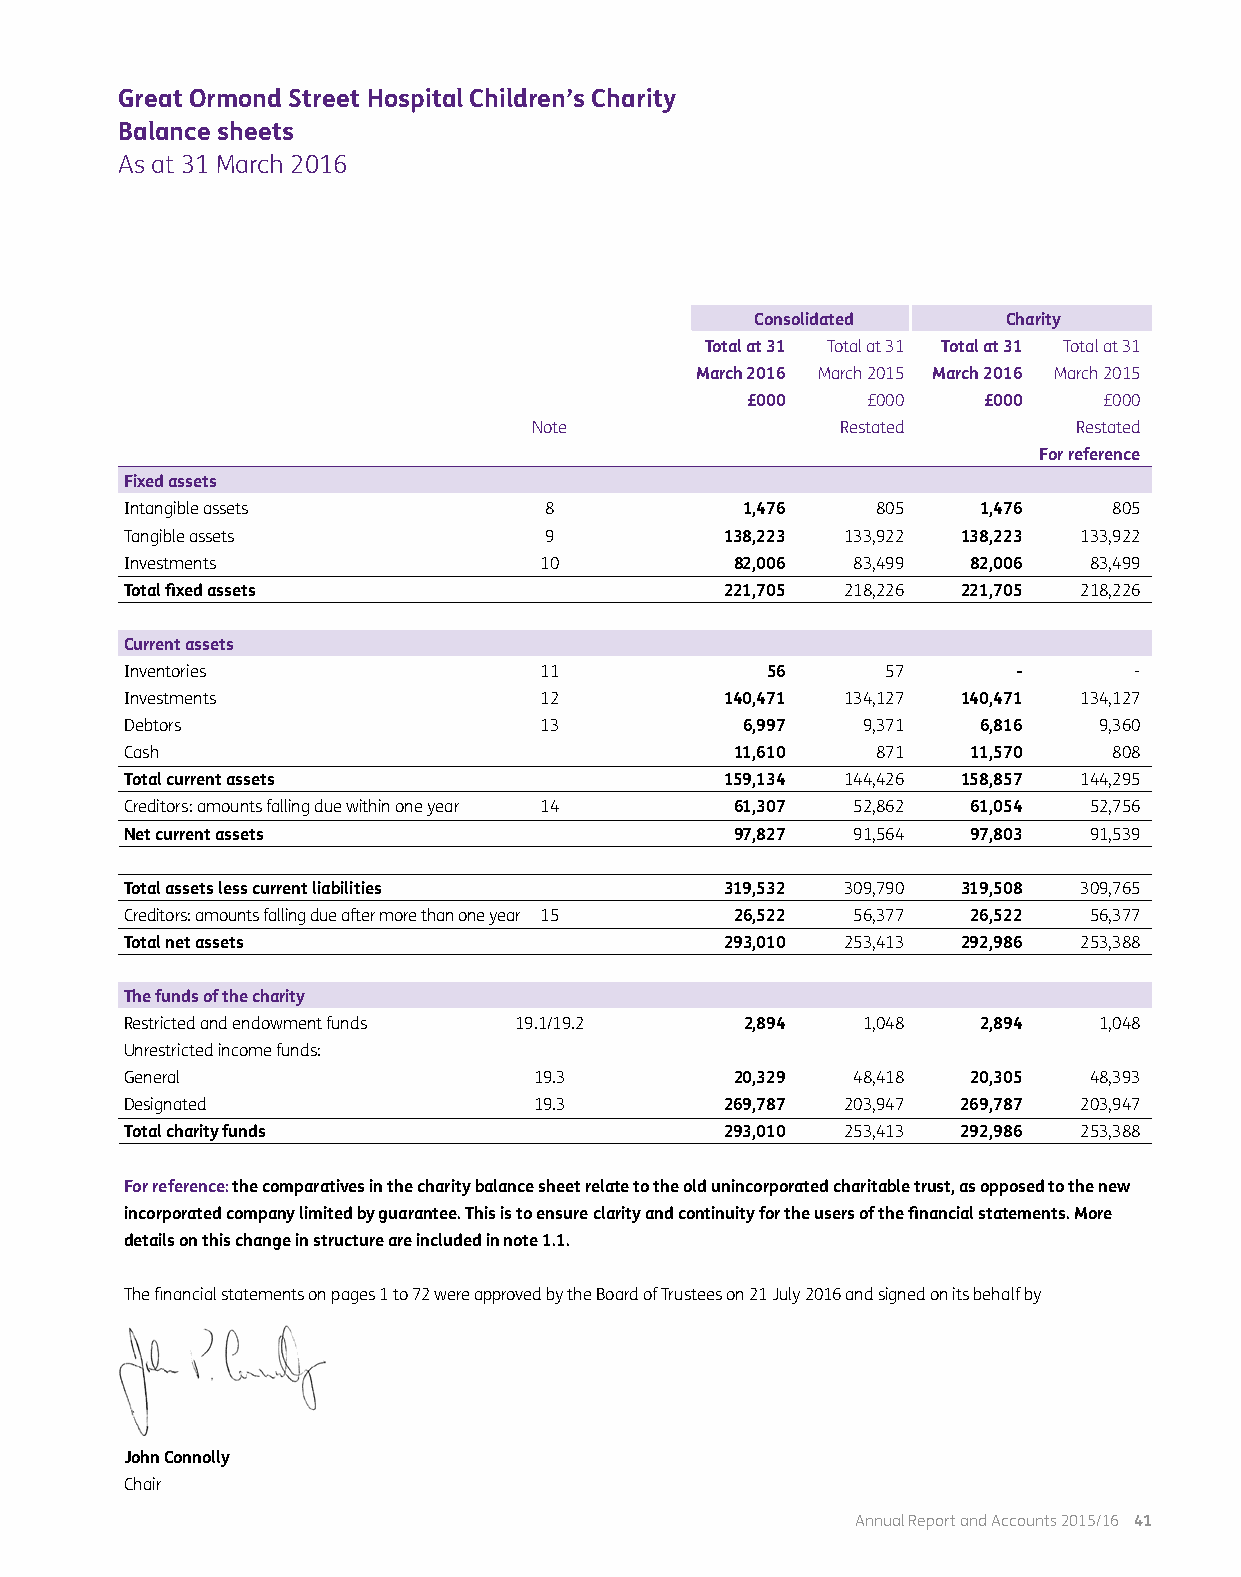
Great Ormond Street Hospital Children’s Charity
 Balance sheets
 As at 31 March 2016
 Consolidated     Charity
 Total at 31 Total at 31 Total at 31 Total at 31
 March 2016 March 2015 March 2016 March 2015
 £000    £000    £000    £000
 Note                 Restated       Restated
 For reference
 Fixed assets
 Intangible assets           8            1,476    805    1,476    805
 Tangible assets             9           138,223 133,922 138,223 133,922
 Investments                 10           82,006 83,499  82,006  83,499
 Total fixed assets                      221,705 218,226 221,705 218,226
 Current assets
 Inventories                 11             56      57      -       -
 Investments                 12          140,471 134,127 140,471 134,127
 Debtors                     13           6,997   9,371   6,816   9,360
 Cash                                     11,610   871   11,570    808
 Total current assets                    159,134 144,426 158,857 144,295
 Creditors: amounts falling due within one year 14 61,307 52,862 61,054 52,756
 Net current assets                       97,827 91,564  97,803  91,539
 Total assets less current liabilities   319,532 309,790 319,508 309,765
 Creditors: amounts falling due after more than one year 15 26,522 56,377 26,522 56,377
 Total net assets                        293,010 253,413 292,986 253,388
 The funds of the charity
 Restricted and endowment funds 19.1/19.2 2,894   1,048   2,894   1,048
 Unrestricted income funds:
 General                    19.3          20,329 48,418  20,305  48,393
 Designated                 19.3         269,787 203,947 269,787 203,947
 Total charity funds                     293,010 253,413 292,986 253,388
 For reference: the comparatives in the charity balance sheet relate to the old unincorporated charitable trust, as opposed to the new
 incorporated company limited by guarantee. This is to ensure clarity and continuity for the users of the financial statements. More
 details on this change in structure are included in note 1.1.
 The financial statements on pages 1 to 72 were approved by the Board of Trustees on 21 July 2016 and signed on its behalf by
 John Connolly
 Chair
 Annual Report and Accounts 2015/16 41